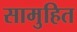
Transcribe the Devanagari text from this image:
सामुहित